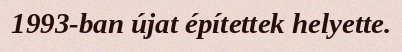
1993-ban újat építettek helyette.